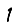
Digit: 1